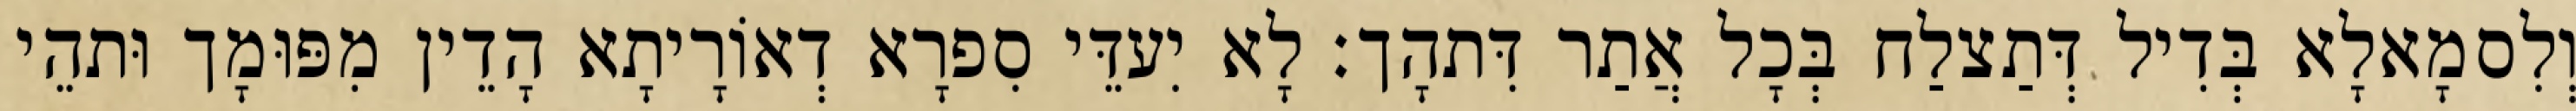
וְלִסמָאלָא בְּדִיל דְּתַצלַח בְּכָל אֲתַר דִּתהָך׃ לָא יִעדֵּי סִפרָא דְאוֹרָיתָא הָדֵין מִפּוּמָך וּתהֵי